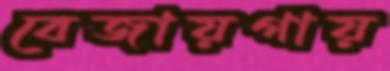
বেজায়গায়